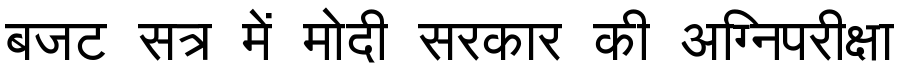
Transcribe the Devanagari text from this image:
बजट सत्र में मोदी सरकार की अग्निपरीक्षा